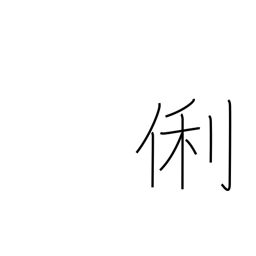
Meaning: clever